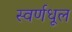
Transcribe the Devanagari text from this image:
स्वर्णधूल